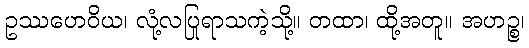
ဥဿဟေဝိယ၊ လုံ့လပြုရာသကဲ့သို့။ တထာ၊ ထို့အတူ။ အဟဉ္စ၊